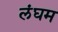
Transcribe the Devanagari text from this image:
लंघम